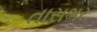
તાસભર